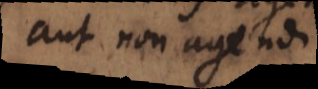
aut non agendi